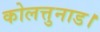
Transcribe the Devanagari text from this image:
कोलत्तुनाड।